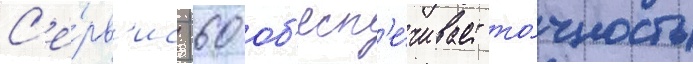
С'е́рв'ис -60 об'есп'е́чивает то́чность